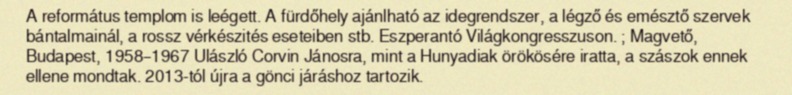
A református templom is leégett. A fürdőhely ajánlható az idegrendszer, a légző és emésztő szervek bántalmainál, a rossz vérkészités eseteiben stb. Eszperantó Világkongresszuson. ; Magvető, Budapest, 1958–1967 Ulászló Corvin Jánosra, mint a Hunyadiak örökösére iratta, a szászok ennek ellene mondtak. 2013-tól újra a gönci járáshoz tartozik.